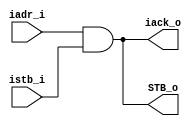
module address_decode(
	// Processor-side control
	input	iadr_i,
	input	istb_i,
	output	iack_o,

	// ROM-side control
	output	STB_o
);

	// For our example, we're just going to decode address bit A12.
	// If it's high, then we assume we're accessing ROM.
	// The ROM is asynchronous, so we just tie iack_o directly to the
	// the strobe pin.
	wire rom_sel = iadr_i & istb_i;
	assign STB_o = rom_sel;
	assign iack_o = rom_sel;

	// We don't have any RAM resources to access, but if we did,
	// we would decode them here as well.
endmodule